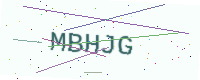
Text: MBHJG